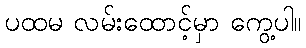
ပထမ လမ်းထောင့်မှာ ကွေ့ပါ။